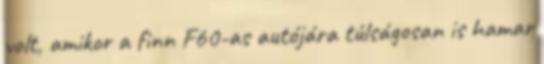
volt, amikor a finn F60-as autójára túlságosan is hamar